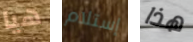
هيا إستلام هذا